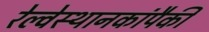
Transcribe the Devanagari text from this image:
रेल्वेस्थानकांपैकी